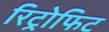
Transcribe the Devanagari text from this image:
रिट्रोफिट